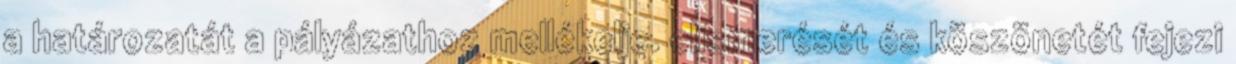
a határozatát a pályázathoz mellékelje. elismerését és köszönetét fejezi